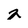
Character: 2